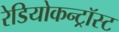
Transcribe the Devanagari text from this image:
रेडियोकन्ट्रॉस्ट